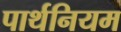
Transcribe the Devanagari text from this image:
पार्थनियम